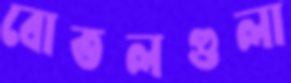
বোতলগুলা